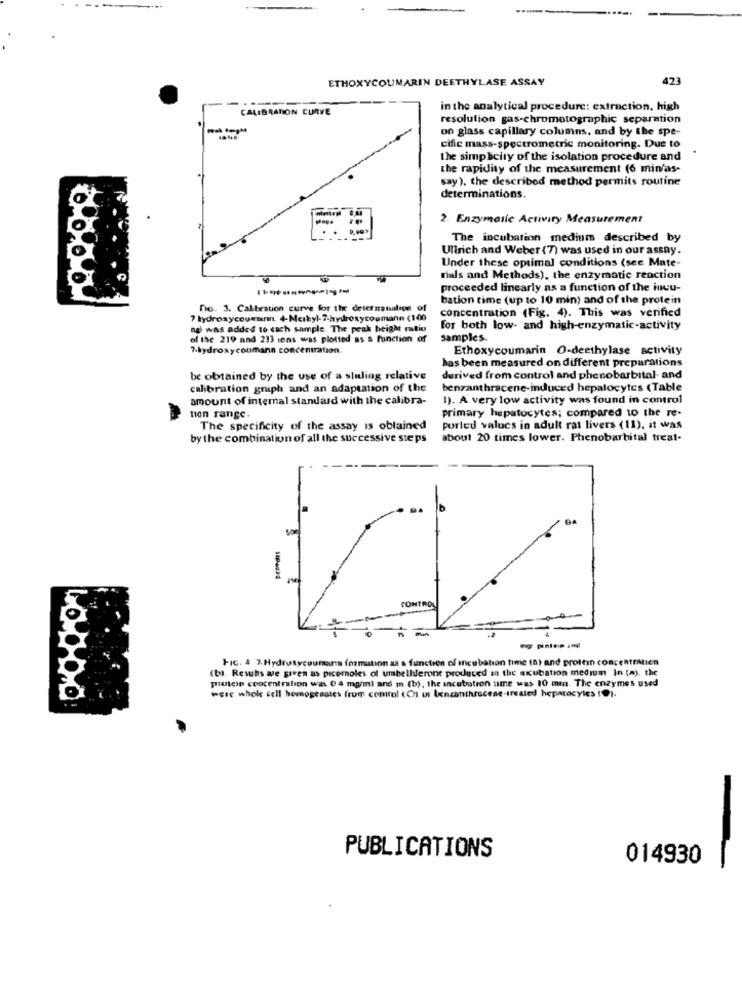
ETHOXYCOUMARIN DEETHYLASE ASSAY
423
CALIBRATION CURVE
in the analytical procedure: extraction, high
resolution gas-chromatographic separation
on glass capillary columns, and by the spe-
cific mass-spectrometric monitoring. Due to
the simplicity of the isolation procedure and
the rapidity of the measurement (6 min'as-
say). the described method permits routine
determinations.
2. Enzymatic Activity Measurement
The incubation medium described by
Ullrich and Weber (7) was used in our assay.
Under these optimal conditions (see Mate-
rials and Methods), the enzymatic reaction
proceeded linearly as a function of the incu-
bation time (up to 10 min) and of the protein
no. 3. Calibration curve for the determination of
concentration (Fig. 4). This was verified
7 hydroxycoumarin. 4-Methyl-7-hydroxycoumann (100
ng was added to cach sample. The peak height ratio
for both low- and high-enzymatic-activity
of the 219 and 233 ions was plotted as a function of
samples.
7-hydroxycoumann concentration.
Ethoxycoumarin O-deethylase activity
has been measured on different preparations
be obtained by the use of a sluling relative
derived from control and phenobarbital- and
calibration gruph and an adaptation of the
benzanthracene-induced hepatocytes (Table
amount of internal standard with the calibra-
1). A very low activity was found in control
non range.
primary hepatocytes; compared to the re-
The specificity of the assay is obtained
porled valucs in adult rat livers (11), it was
by the combination of all the successive steps
about 20 times lower. Phenobarbital treat-
CONTROL
FIG. 4 7.Hydrotycoumans formation as a function of incubation time (a) and protein concentrMien
(b). Resuhs we giren as picernoles of umbellderone produced in the axubation medium In (a). the
potes concentration was 04 mg/ml and m (b), the incubation time was 10 min. The enzymes used
were whole cell homogenates from control (C) ut tenzatithrscene-treated heparacyles (0).
PUBLICATIONS
014930